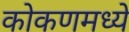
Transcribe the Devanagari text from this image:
कोकणमध्ये